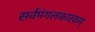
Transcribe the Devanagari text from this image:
सर्वमंगलकारकम्